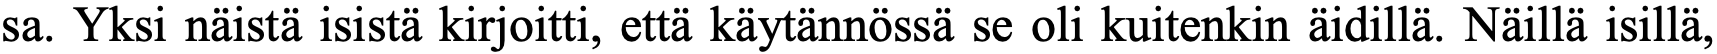
sa. Yksi näistä isistä kirjoitti, että käytännössä se oli kuitenkin äidillä. Näillä isillä,